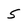
Character: 5